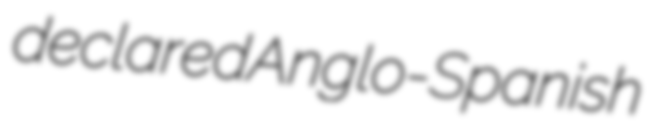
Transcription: declared Anglo-Spanish